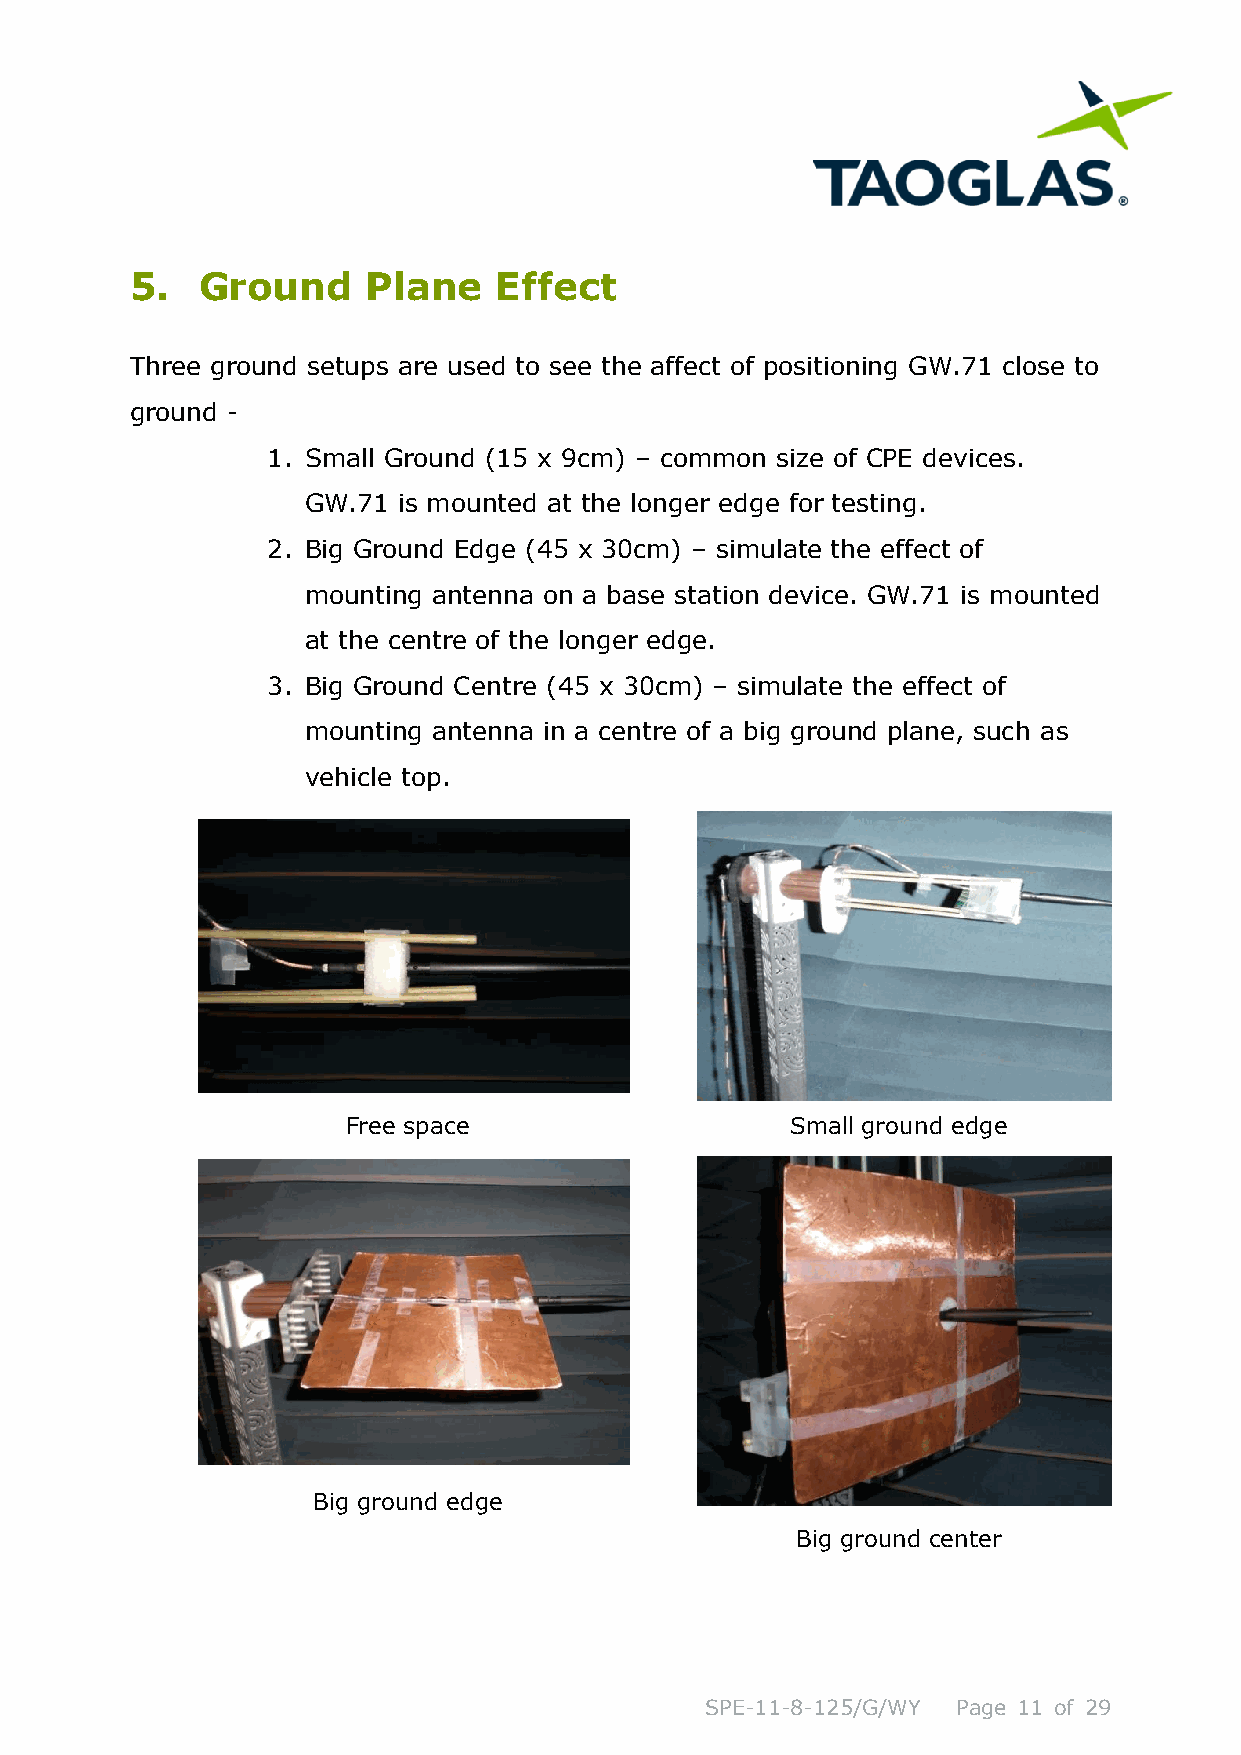
5.  Ground     Plane    Effect
 Three ground setups are used to see the affect of positioning GW.71 close to
 ground -
 1. Small Ground (15 x 9cm) – common size of CPE devices.
 GW.71 is mounted at the longer edge for testing.
 2. Big Ground Edge (45 x 30cm) – simulate the effect of
 mounting antenna on a base station device. GW.71 is mounted
 at the centre of the longer edge.
 3. Big Ground Centre (45 x 30cm) – simulate the effect of
 mounting antenna in a centre of a big ground plane, such as
 vehicle top.
 Free space                   Small ground edge
 Big ground edge
 Big ground center
 SPE-11-8-125/G/WY Page 11 of 29